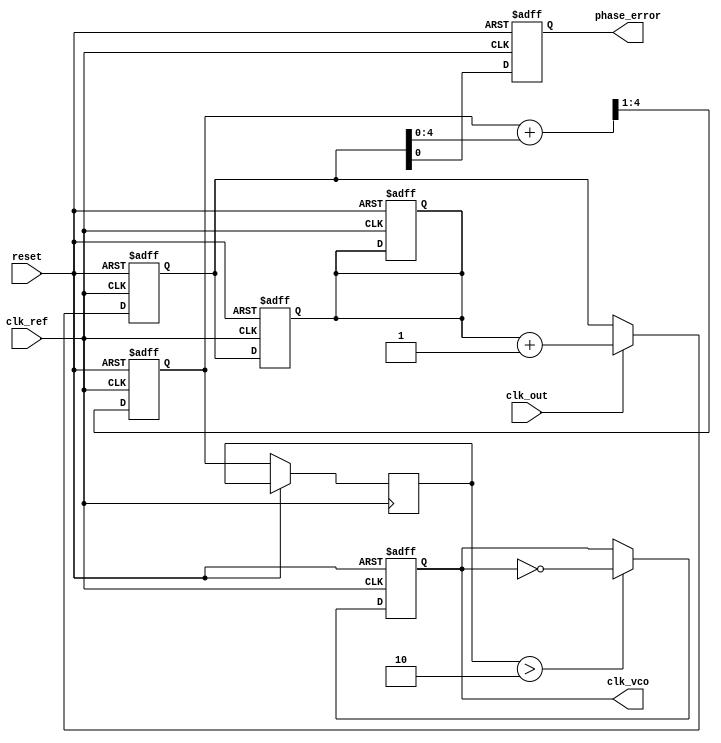
module memory_blocks_pll (
    input wire clk_ref,           // Reference clock input
    input wire clk_out,           // Output clock
    input wire reset,             // Asynchronous reset
    output reg clk_vco,           // Generated clock output from VCO
    output reg phase_error         // Phase error signal output
);

// Parameters
parameter integer FILTER_ORDER = 4; // Order of the filter
parameter integer MEMORY_SIZE  = 8; // Size of phase memory

// Registers for phase detector
reg [MEMORY_SIZE-1:0] phase_memory; // Memory to store phase information
reg [MEMORY_SIZE-1:0] phase_error_reg; // Register to hold phase error

// Loop Filter
reg [FILTER_ORDER-1:0] filter; // Digital low-pass filter
reg [FILTER_ORDER-1:0] control_voltage; // Control voltage for VCO

// Phase Detection Logic
always @(posedge clk_ref or posedge reset) begin
    if (reset) begin
        phase_error_reg <= 0;
        phase_memory <= 0;
    end else begin
        // Phase Detector Logic
        if (clk_out) begin
            // Simulate a phase comparison (This logic will depend on edge counts or other phase comparison techniques)
            phase_error_reg <= phase_memory + 1; // A placeholder for real phase comparison
        end
    end
end

// Feedback Path and Filter Logic
always @(posedge clk_ref or posedge reset) begin
    if (reset) begin
        filter <= 0;
    end else begin
        // Simple low-pass filtering; you can adjust weights as needed
        filter <= (filter + phase_error_reg) >> 1; // Simple averaging filter
        control_voltage <= filter; // Assign filtered output to control voltage
    end
end

// VCO Logic
always @(posedge clk_ref or posedge reset) begin
    if (reset) begin
        clk_vco <= 0;
    end else begin
        // VCO simulation: Here, we adjust the frequency based on control_voltage
        // This is a placeholder and can be replaced by a more detailed VCO model
        if (control_voltage > 2) begin
            clk_vco <= ~clk_vco; // Toggle clock output to simulate VCO behavior
        end
    end
end

// Memory update on phase error
always @(posedge clk_ref or posedge reset) begin
    if (reset) begin
        phase_memory <= 0;
        phase_error <= 0;
    end else begin
        phase_memory <= {phase_memory[MEMORY_SIZE-2:0], phase_error_reg}; // Shift in phase error
        phase_error <= phase_error_reg; // Capture phase error for output
    end
end

endmodule